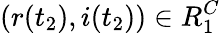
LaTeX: (r(t_{2}),i(t_{2}))\in R_{1}^{C}